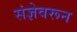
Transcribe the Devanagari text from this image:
संज्ञेवरून